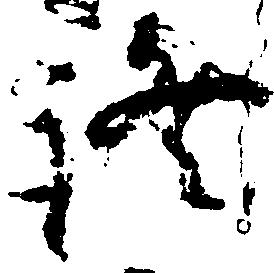
証